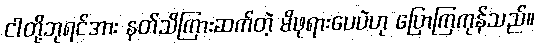
ငါတို့ဘုရင်အား နတ်သိကြားဆက်တဲ့ မိဖုရားပေပဲဟု ပြောကြကုန်သည်။